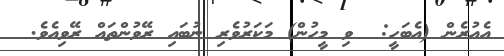
އެއުރެން (އެބަހީ:  ވި މީހުން) މަކަރުވެރި ނުބައި ރޭވުންތައް ރޭވިއެވެ.